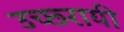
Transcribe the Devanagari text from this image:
उच्छ्रायी